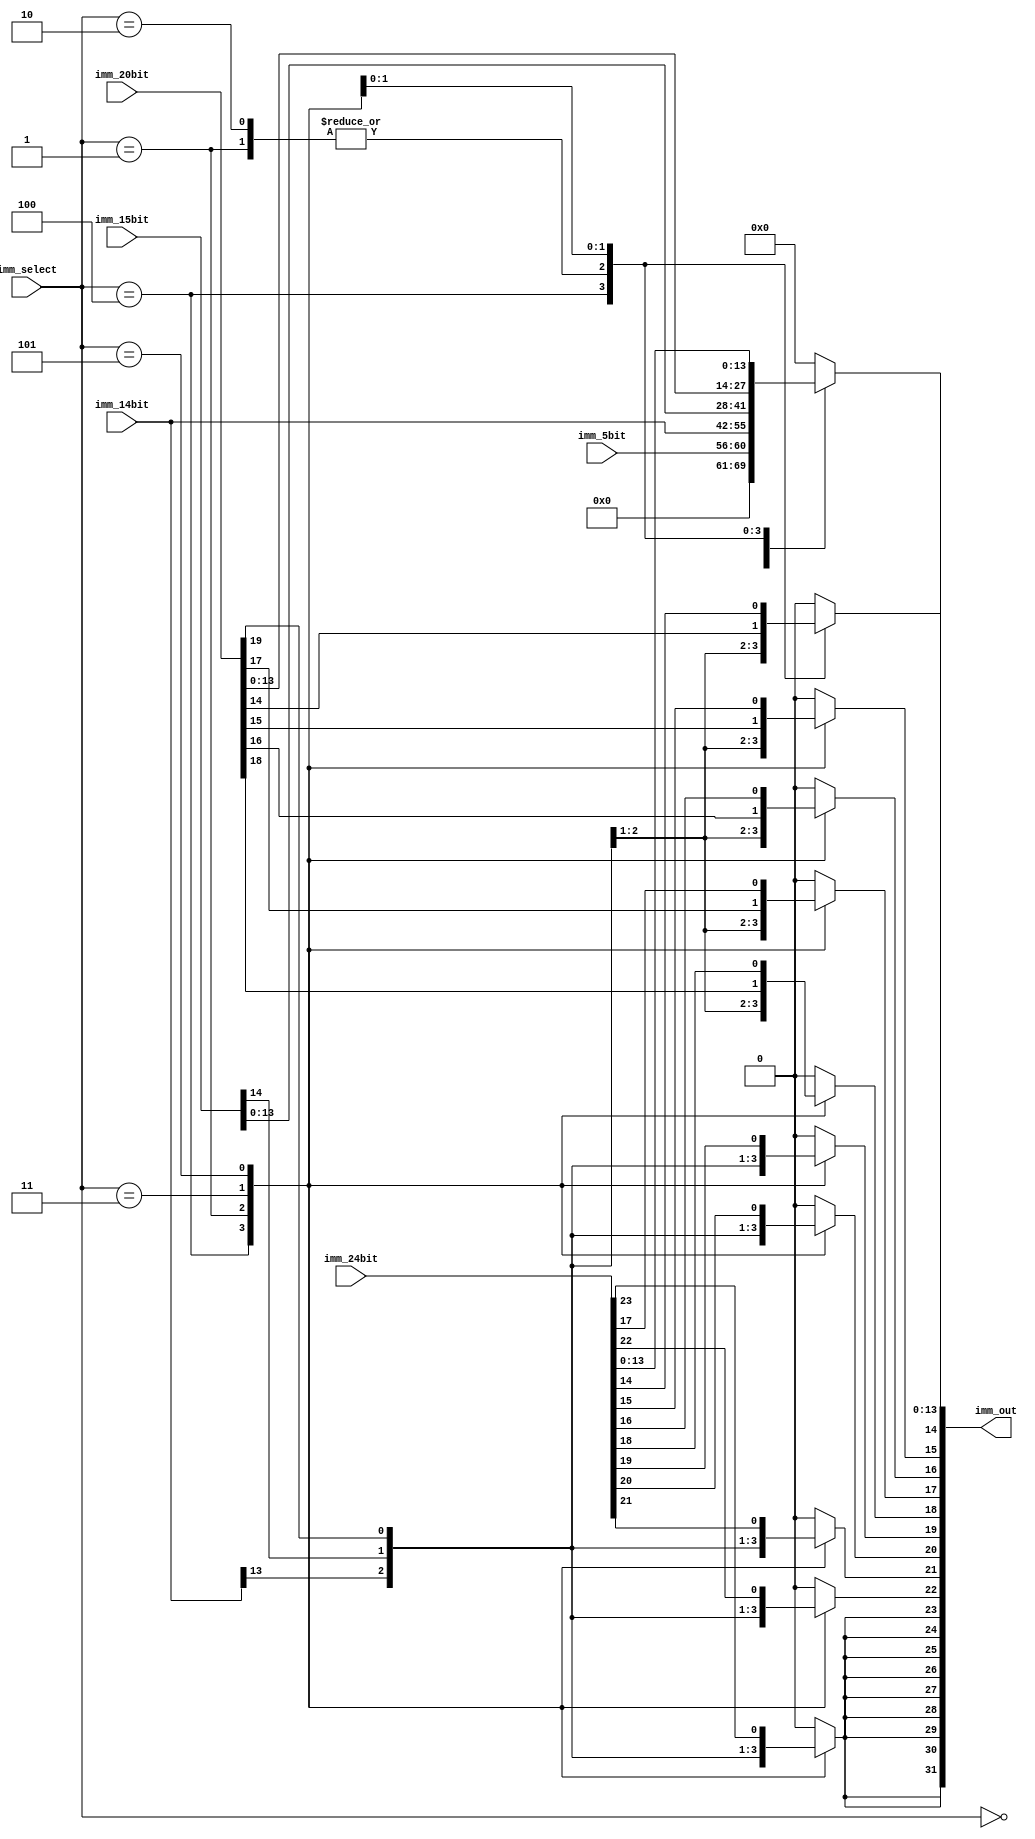
module imm_select_mux(imm_out, imm_5bit, imm_15bit, imm_20bit, imm_14bit, imm_24bit, imm_select);

  parameter DataSize = 32;
  parameter imm5bitZE = 3'b000, imm15bitSE = 3'b001, imm15bitZE = 3'b010, imm20bitSE = 3'b011, imm14bitSE = 3'b100, imm24bitSE = 3'b101;

  input [4:0]imm_5bit;
  input [14:0]imm_15bit;
  input [19:0]imm_20bit;
  input [13:0]imm_14bit;
  input [23:0]imm_24bit;
  input [2:0]imm_select;
  
  output [DataSize-1:0]imm_out;
  
  reg [DataSize-1:0]imm_out;
  integer i;

  always @ (imm_5bit or imm_15bit or imm_20bit or imm_select) begin
    case (imm_select)
      imm5bitZE: begin
        imm_out = imm_5bit;
      end
      imm14bitSE: begin
        for (i = 31; i > 13; i = i-1)
          imm_out[i] = imm_14bit[13];
        imm_out[13:0] = imm_14bit;
      end
      imm15bitSE: begin
        for (i = 31; i > 14; i = i-1)
          imm_out[i] = imm_15bit[14];
        imm_out[14:0] = imm_15bit;
      end
      imm15bitZE: begin
        imm_out = imm_15bit;
      end
      imm20bitSE: begin
        for (i = 31; i > 19; i = i-1)
          imm_out[i] = imm_20bit[19];
        imm_out[19:0] = imm_20bit;
      end
      imm24bitSE: begin
        for (i = 31; i > 23; i = i-1)
          imm_out[i] = imm_24bit[23];
        imm_out[23:0] = imm_24bit;
      end
      default: imm_out = 32'b0;
    endcase
  end
endmodule